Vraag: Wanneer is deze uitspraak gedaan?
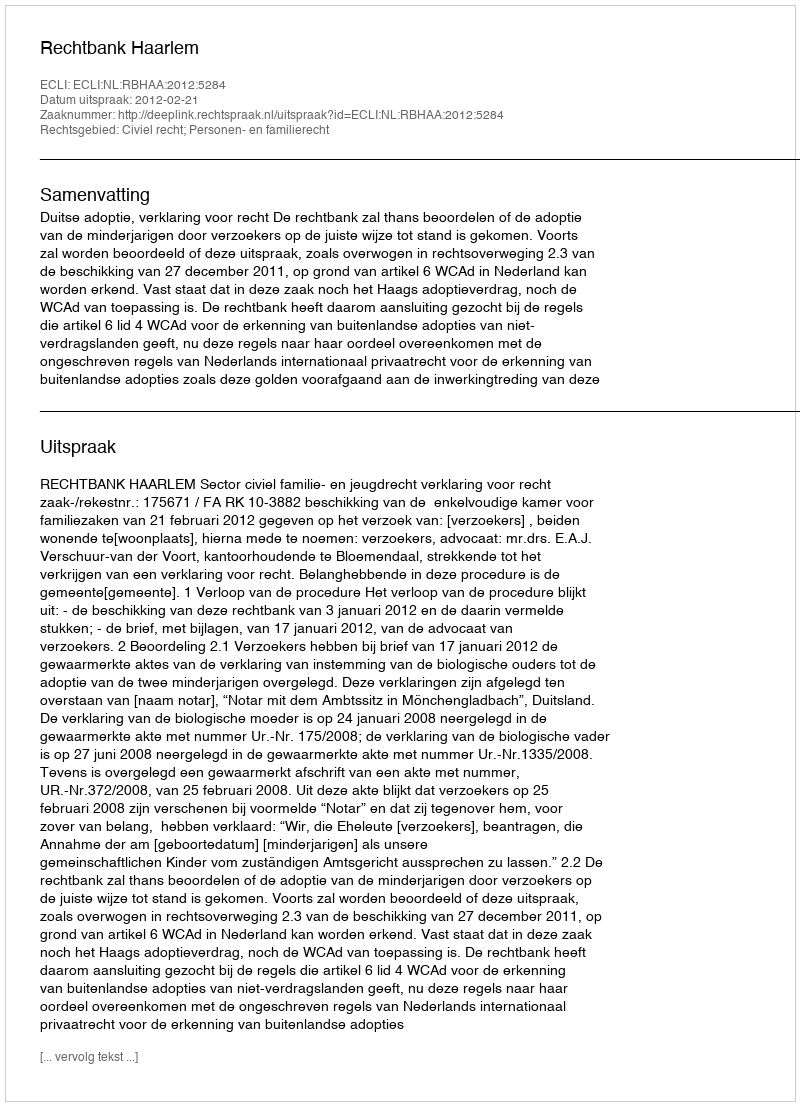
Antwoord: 2012-02-21